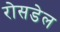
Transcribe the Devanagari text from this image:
रोसडेल